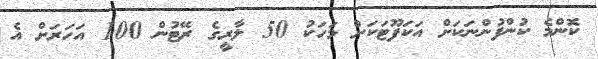
ކޮންމެ ކުންފުންނަކަށް އަކަފޫޓަކަށް މަހަކު 50 ލާރީގެ ރޭޓުން 100 އަހަރަށް އެ